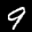
Label: 9